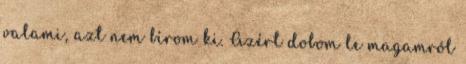
valami, azt nem bírom ki. Azért dobom le magamról